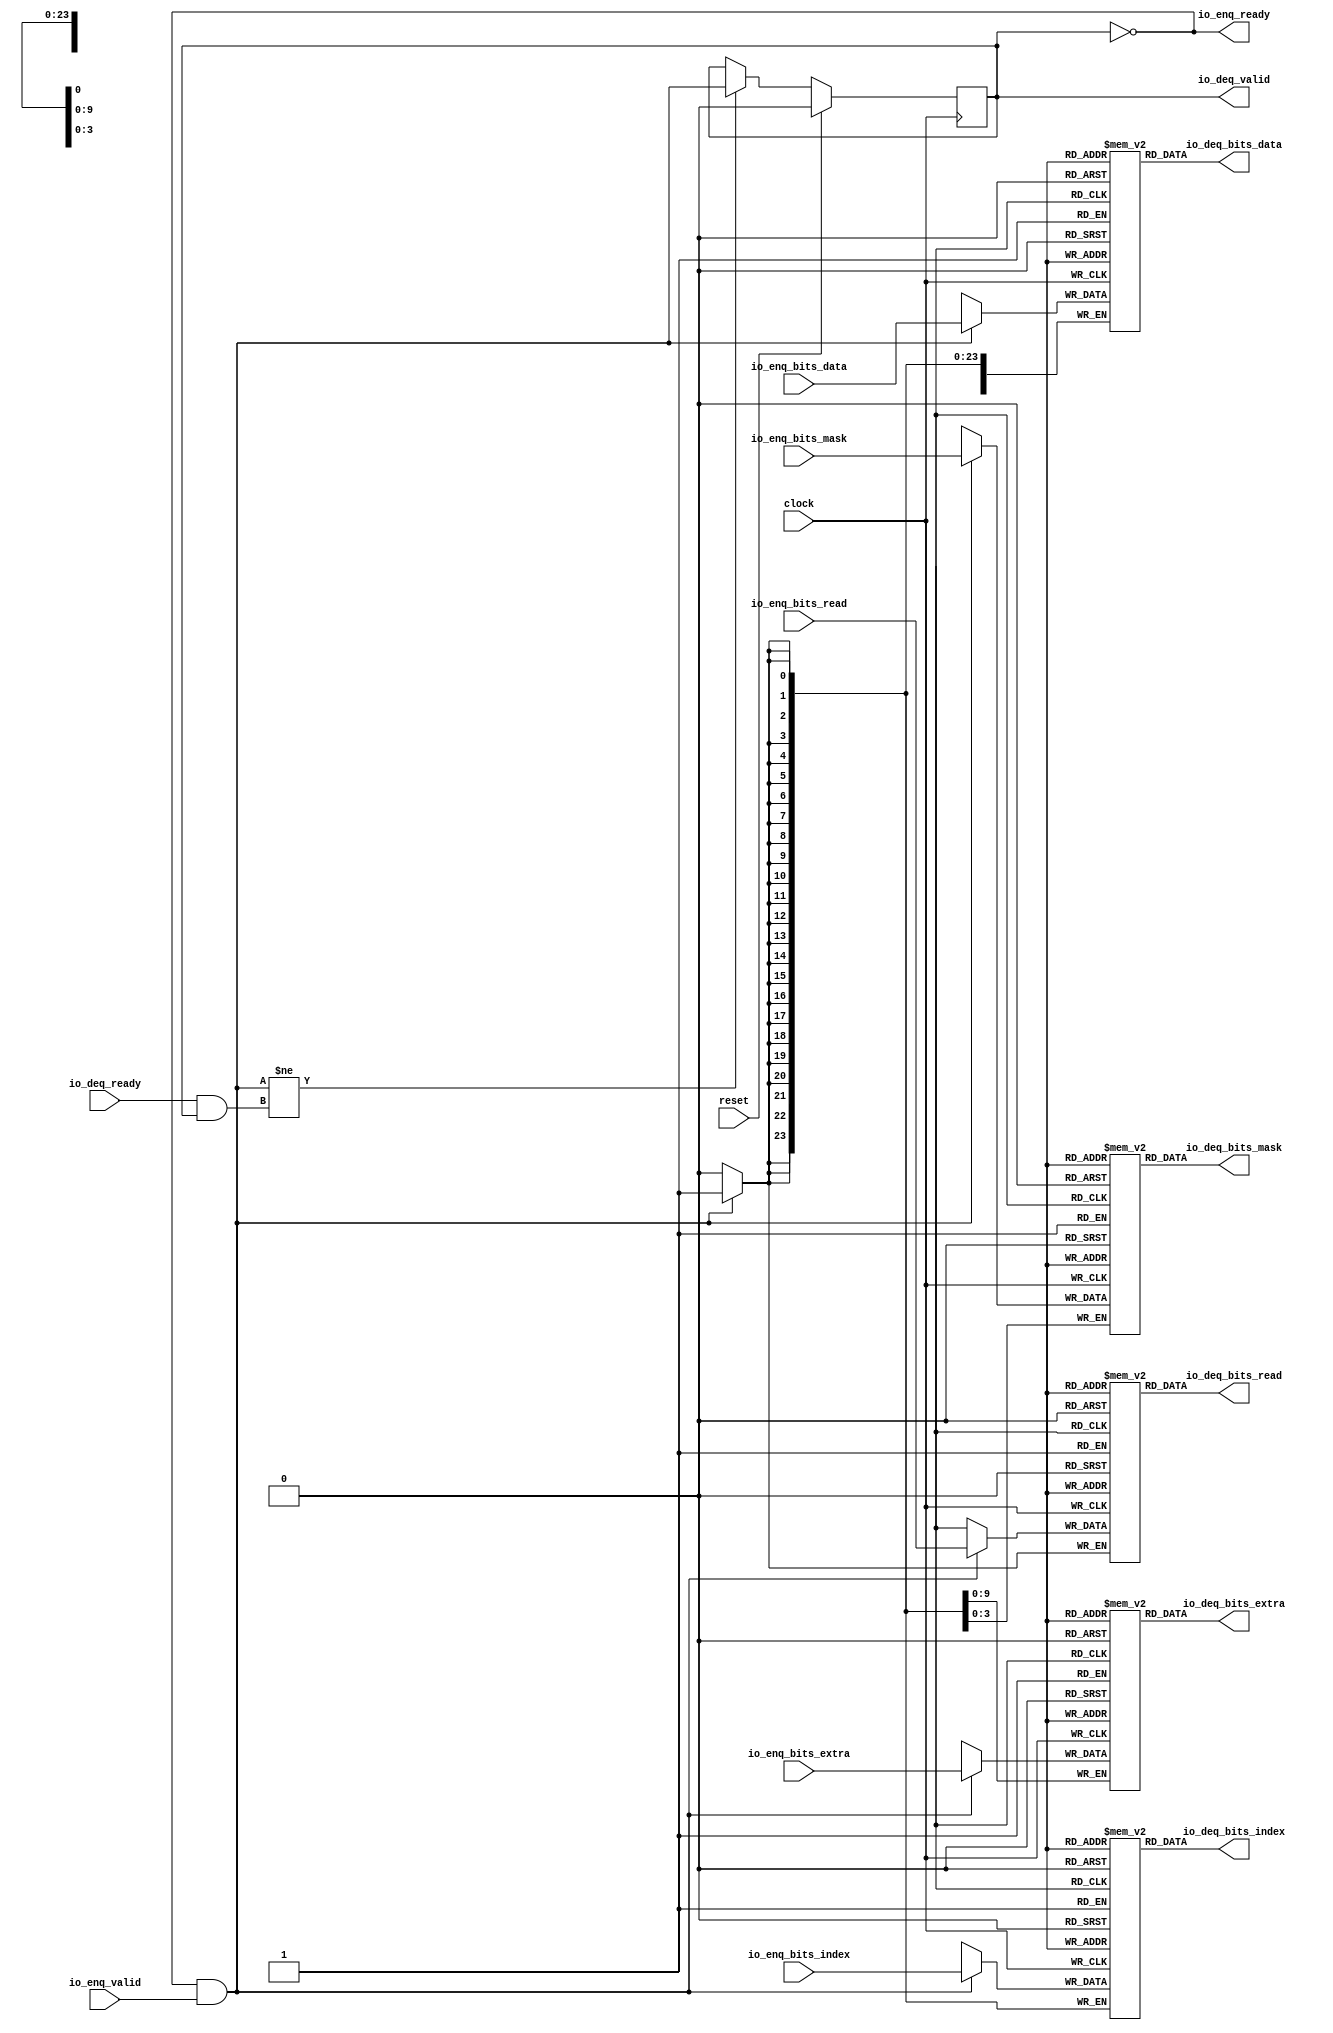
// Copyright (c) 2017, Microsemi Corporation
// All rights reserved.
//
// Redistribution and use in source and binary forms, with or without
// modification, are permitted provided that the following conditions are met:
//     * Redistributions of source code must retain the above copyright
//       notice, this list of conditions and the following disclaimer.
//     * Redistributions in binary form must reproduce the above copyright
//       notice, this list of conditions and the following disclaimer in the
//       documentation and/or other materials provided with the distribution.
//     * Neither the name of the <organization> nor the
//       names of its contributors may be used to endorse or promote products
//       derived from this software without specific prior written permission.
//
// THIS SOFTWARE IS PROVIDED BY THE COPYRIGHT HOLDERS AND CONTRIBUTORS "AS IS" AND
// ANY EXPRESS OR IMPLIED WARRANTIES, INCLUDING, BUT NOT LIMITED TO, THE IMPLIED
// WARRANTIES OF MERCHANTABILITY AND FITNESS FOR A PARTICULAR PURPOSE ARE
// DISCLAIMED. IN NO EVENT SHALL MICROSEMI CORPORATIONM BE LIABLE FOR ANY
// DIRECT, INDIRECT, INCIDENTAL, SPECIAL, EXEMPLARY, OR CONSEQUENTIAL DAMAGES
// (INCLUDING, BUT NOT LIMITED TO, PROCUREMENT OF SUBSTITUTE GOODS OR SERVICES;
// LOSS OF USE, DATA, OR PROFITS; OR BUSINESS INTERRUPTION) HOWEVER CAUSED AND
// ON ANY THEORY OF LIABILITY, WHETHER IN CONTRACT, STRICT LIABILITY, OR TORT
// (INCLUDING NEGLIGENCE OR OTHERWISE) ARISING IN ANY WAY OUT OF THE USE OF THIS
// SOFTWARE, EVEN IF ADVISED OF THE POSSIBILITY OF SUCH DAMAGE.
//
// APACHE LICENSE
// Copyright (c) 2017, Microsemi Corporation 
//
// Licensed under the Apache License, Version 2.0 (the "License");
// you may not use this file except in compliance with the License.
// You may obtain a copy of the License at
//
//    http://www.apache.org/licenses/LICENSE-2.0
//
// Unless required by applicable law or agreed to in writing, software
// distributed under the License is distributed on an "AS IS" BASIS,
// WITHOUT WARRANTIES OR CONDITIONS OF ANY KIND, either express or implied.
// See the License for the specific language governing permissions and
// limitations under the License.
//
// Description:
//
// SVN Revision Information:
// SVN $Revision: $
// SVN $Date: $
//
// Resolved SARs
// SAR      Date     Who   Description
//
// Notes:
//
// ****************************************************************************/
`ifndef RANDOMIZE_REG_INIT 
	 `define RANDOMIZE_REG_INIT 
 `endif
`ifndef RANDOMIZE_MEM_INIT 
	 `define RANDOMIZE_MEM_INIT 
 `endif
`ifndef RANDOMIZE 
	 `define RANDOMIZE 
`endif

`timescale 1ns/10ps
module MiV_AXI_MiV_AXI_0_MIV_RV32IMA_L1_AXI_QUEUE_10( // @[:freechips.rocketchip.system.MivRV32ImaL1AhbConfig.fir@6280.2]
  input         clock, // @[:freechips.rocketchip.system.MivRV32ImaL1AhbConfig.fir@6281.4]
  input         reset, // @[:freechips.rocketchip.system.MivRV32ImaL1AhbConfig.fir@6282.4]
  output        io_enq_ready, // @[:freechips.rocketchip.system.MivRV32ImaL1AhbConfig.fir@6283.4]
  input         io_enq_valid, // @[:freechips.rocketchip.system.MivRV32ImaL1AhbConfig.fir@6283.4]
  input         io_enq_bits_read, // @[:freechips.rocketchip.system.MivRV32ImaL1AhbConfig.fir@6283.4]
  input  [23:0] io_enq_bits_index, // @[:freechips.rocketchip.system.MivRV32ImaL1AhbConfig.fir@6283.4]
  input  [31:0] io_enq_bits_data, // @[:freechips.rocketchip.system.MivRV32ImaL1AhbConfig.fir@6283.4]
  input  [3:0]  io_enq_bits_mask, // @[:freechips.rocketchip.system.MivRV32ImaL1AhbConfig.fir@6283.4]
  input  [9:0]  io_enq_bits_extra, // @[:freechips.rocketchip.system.MivRV32ImaL1AhbConfig.fir@6283.4]
  input         io_deq_ready, // @[:freechips.rocketchip.system.MivRV32ImaL1AhbConfig.fir@6283.4]
  output        io_deq_valid, // @[:freechips.rocketchip.system.MivRV32ImaL1AhbConfig.fir@6283.4]
  output        io_deq_bits_read, // @[:freechips.rocketchip.system.MivRV32ImaL1AhbConfig.fir@6283.4]
  output [23:0] io_deq_bits_index, // @[:freechips.rocketchip.system.MivRV32ImaL1AhbConfig.fir@6283.4]
  output [31:0] io_deq_bits_data, // @[:freechips.rocketchip.system.MivRV32ImaL1AhbConfig.fir@6283.4]
  output [3:0]  io_deq_bits_mask, // @[:freechips.rocketchip.system.MivRV32ImaL1AhbConfig.fir@6283.4]
  output [9:0]  io_deq_bits_extra // @[:freechips.rocketchip.system.MivRV32ImaL1AhbConfig.fir@6283.4]
);
  reg  ram_read [0:0]; // @[Decoupled.scala 211:24:freechips.rocketchip.system.MivRV32ImaL1AhbConfig.fir@6285.4]
  reg [31:0] _RAND_0;
  wire  ram_read__T_42_data; // @[Decoupled.scala 211:24:freechips.rocketchip.system.MivRV32ImaL1AhbConfig.fir@6285.4]
  wire  ram_read__T_42_addr; // @[Decoupled.scala 211:24:freechips.rocketchip.system.MivRV32ImaL1AhbConfig.fir@6285.4]
  wire  ram_read__T_33_data; // @[Decoupled.scala 211:24:freechips.rocketchip.system.MivRV32ImaL1AhbConfig.fir@6285.4]
  wire  ram_read__T_33_addr; // @[Decoupled.scala 211:24:freechips.rocketchip.system.MivRV32ImaL1AhbConfig.fir@6285.4]
  wire  ram_read__T_33_mask; // @[Decoupled.scala 211:24:freechips.rocketchip.system.MivRV32ImaL1AhbConfig.fir@6285.4]
  wire  ram_read__T_33_en; // @[Decoupled.scala 211:24:freechips.rocketchip.system.MivRV32ImaL1AhbConfig.fir@6285.4]
  reg [23:0] ram_index [0:0] /* synthesis syn_ramstyle = "registers" */; // @[Decoupled.scala 211:24:freechips.rocketchip.system.MivRV32ImaL1AhbConfig.fir@6285.4]
  reg [31:0] _RAND_1;
  wire [23:0] ram_index__T_42_data; // @[Decoupled.scala 211:24:freechips.rocketchip.system.MivRV32ImaL1AhbConfig.fir@6285.4]
  wire  ram_index__T_42_addr; // @[Decoupled.scala 211:24:freechips.rocketchip.system.MivRV32ImaL1AhbConfig.fir@6285.4]
  wire [23:0] ram_index__T_33_data; // @[Decoupled.scala 211:24:freechips.rocketchip.system.MivRV32ImaL1AhbConfig.fir@6285.4]
  wire  ram_index__T_33_addr; // @[Decoupled.scala 211:24:freechips.rocketchip.system.MivRV32ImaL1AhbConfig.fir@6285.4]
  wire  ram_index__T_33_mask; // @[Decoupled.scala 211:24:freechips.rocketchip.system.MivRV32ImaL1AhbConfig.fir@6285.4]
  wire  ram_index__T_33_en; // @[Decoupled.scala 211:24:freechips.rocketchip.system.MivRV32ImaL1AhbConfig.fir@6285.4]
  reg [31:0] ram_data [0:0] /* synthesis syn_ramstyle = "registers" */; // @[Decoupled.scala 211:24:freechips.rocketchip.system.MivRV32ImaL1AhbConfig.fir@6285.4]
  reg [31:0] _RAND_2;
  wire [31:0] ram_data__T_42_data; // @[Decoupled.scala 211:24:freechips.rocketchip.system.MivRV32ImaL1AhbConfig.fir@6285.4]
  wire  ram_data__T_42_addr; // @[Decoupled.scala 211:24:freechips.rocketchip.system.MivRV32ImaL1AhbConfig.fir@6285.4]
  wire [31:0] ram_data__T_33_data; // @[Decoupled.scala 211:24:freechips.rocketchip.system.MivRV32ImaL1AhbConfig.fir@6285.4]
  wire  ram_data__T_33_addr; // @[Decoupled.scala 211:24:freechips.rocketchip.system.MivRV32ImaL1AhbConfig.fir@6285.4]
  wire  ram_data__T_33_mask; // @[Decoupled.scala 211:24:freechips.rocketchip.system.MivRV32ImaL1AhbConfig.fir@6285.4]
  wire  ram_data__T_33_en; // @[Decoupled.scala 211:24:freechips.rocketchip.system.MivRV32ImaL1AhbConfig.fir@6285.4]
  reg [3:0] ram_mask [0:0] /* synthesis syn_ramstyle = "registers" */; // @[Decoupled.scala 211:24:freechips.rocketchip.system.MivRV32ImaL1AhbConfig.fir@6285.4]
  reg [31:0] _RAND_3;
  wire [3:0] ram_mask__T_42_data; // @[Decoupled.scala 211:24:freechips.rocketchip.system.MivRV32ImaL1AhbConfig.fir@6285.4]
  wire  ram_mask__T_42_addr; // @[Decoupled.scala 211:24:freechips.rocketchip.system.MivRV32ImaL1AhbConfig.fir@6285.4]
  wire [3:0] ram_mask__T_33_data; // @[Decoupled.scala 211:24:freechips.rocketchip.system.MivRV32ImaL1AhbConfig.fir@6285.4]
  wire  ram_mask__T_33_addr; // @[Decoupled.scala 211:24:freechips.rocketchip.system.MivRV32ImaL1AhbConfig.fir@6285.4]
  wire  ram_mask__T_33_mask; // @[Decoupled.scala 211:24:freechips.rocketchip.system.MivRV32ImaL1AhbConfig.fir@6285.4]
  wire  ram_mask__T_33_en; // @[Decoupled.scala 211:24:freechips.rocketchip.system.MivRV32ImaL1AhbConfig.fir@6285.4]
  reg [9:0] ram_extra [0:0] /* synthesis syn_ramstyle = "registers" */; // @[Decoupled.scala 211:24:freechips.rocketchip.system.MivRV32ImaL1AhbConfig.fir@6285.4]
  reg [31:0] _RAND_4;
  wire [9:0] ram_extra__T_42_data; // @[Decoupled.scala 211:24:freechips.rocketchip.system.MivRV32ImaL1AhbConfig.fir@6285.4]
  wire  ram_extra__T_42_addr; // @[Decoupled.scala 211:24:freechips.rocketchip.system.MivRV32ImaL1AhbConfig.fir@6285.4]
  wire [9:0] ram_extra__T_33_data; // @[Decoupled.scala 211:24:freechips.rocketchip.system.MivRV32ImaL1AhbConfig.fir@6285.4]
  wire  ram_extra__T_33_addr; // @[Decoupled.scala 211:24:freechips.rocketchip.system.MivRV32ImaL1AhbConfig.fir@6285.4]
  wire  ram_extra__T_33_mask; // @[Decoupled.scala 211:24:freechips.rocketchip.system.MivRV32ImaL1AhbConfig.fir@6285.4]
  wire  ram_extra__T_33_en; // @[Decoupled.scala 211:24:freechips.rocketchip.system.MivRV32ImaL1AhbConfig.fir@6285.4]
  reg  maybe_full; // @[Decoupled.scala 214:35:freechips.rocketchip.system.MivRV32ImaL1AhbConfig.fir@6286.4]
  reg [31:0] _RAND_5;
  wire  empty; // @[Decoupled.scala 217:36:freechips.rocketchip.system.MivRV32ImaL1AhbConfig.fir@6288.4]
  wire  do_enq; // @[Decoupled.scala 30:37:freechips.rocketchip.system.MivRV32ImaL1AhbConfig.fir@6291.4]
  wire  do_deq; // @[Decoupled.scala 30:37:freechips.rocketchip.system.MivRV32ImaL1AhbConfig.fir@6294.4]
  wire  _T_36; // @[Decoupled.scala 229:16:freechips.rocketchip.system.MivRV32ImaL1AhbConfig.fir@6307.4]
  wire  _GEN_8; // @[Decoupled.scala 229:27:freechips.rocketchip.system.MivRV32ImaL1AhbConfig.fir@6308.4]
  wire  _T_38; // @[Decoupled.scala 233:19:freechips.rocketchip.system.MivRV32ImaL1AhbConfig.fir@6311.4]
  assign ram_read__T_42_addr = 1'h0;
  assign ram_read__T_42_data = ram_read[ram_read__T_42_addr]; // @[Decoupled.scala 211:24:freechips.rocketchip.system.MivRV32ImaL1AhbConfig.fir@6285.4]
  assign ram_read__T_33_data = io_enq_bits_read;
  assign ram_read__T_33_addr = 1'h0;
  assign ram_read__T_33_mask = do_enq;
  assign ram_read__T_33_en = do_enq;
  assign ram_index__T_42_addr = 1'h0;
  assign ram_index__T_42_data = ram_index[ram_index__T_42_addr]; // @[Decoupled.scala 211:24:freechips.rocketchip.system.MivRV32ImaL1AhbConfig.fir@6285.4]
  assign ram_index__T_33_data = io_enq_bits_index;
  assign ram_index__T_33_addr = 1'h0;
  assign ram_index__T_33_mask = do_enq;
  assign ram_index__T_33_en = do_enq;
  assign ram_data__T_42_addr = 1'h0;
  assign ram_data__T_42_data = ram_data[ram_data__T_42_addr]; // @[Decoupled.scala 211:24:freechips.rocketchip.system.MivRV32ImaL1AhbConfig.fir@6285.4]
  assign ram_data__T_33_data = io_enq_bits_data;
  assign ram_data__T_33_addr = 1'h0;
  assign ram_data__T_33_mask = do_enq;
  assign ram_data__T_33_en = do_enq;
  assign ram_mask__T_42_addr = 1'h0;
  assign ram_mask__T_42_data = ram_mask[ram_mask__T_42_addr]; // @[Decoupled.scala 211:24:freechips.rocketchip.system.MivRV32ImaL1AhbConfig.fir@6285.4]
  assign ram_mask__T_33_data = io_enq_bits_mask;
  assign ram_mask__T_33_addr = 1'h0;
  assign ram_mask__T_33_mask = do_enq;
  assign ram_mask__T_33_en = do_enq;
  assign ram_extra__T_42_addr = 1'h0;
  assign ram_extra__T_42_data = ram_extra[ram_extra__T_42_addr]; // @[Decoupled.scala 211:24:freechips.rocketchip.system.MivRV32ImaL1AhbConfig.fir@6285.4]
  assign ram_extra__T_33_data = io_enq_bits_extra;
  assign ram_extra__T_33_addr = 1'h0;
  assign ram_extra__T_33_mask = do_enq;
  assign ram_extra__T_33_en = do_enq;
  assign empty = maybe_full == 1'h0; // @[Decoupled.scala 217:36:freechips.rocketchip.system.MivRV32ImaL1AhbConfig.fir@6288.4]
  assign do_enq = io_enq_ready & io_enq_valid; // @[Decoupled.scala 30:37:freechips.rocketchip.system.MivRV32ImaL1AhbConfig.fir@6291.4]
  assign do_deq = io_deq_ready & io_deq_valid; // @[Decoupled.scala 30:37:freechips.rocketchip.system.MivRV32ImaL1AhbConfig.fir@6294.4]
  assign _T_36 = do_enq != do_deq; // @[Decoupled.scala 229:16:freechips.rocketchip.system.MivRV32ImaL1AhbConfig.fir@6307.4]
  assign _GEN_8 = _T_36 ? do_enq : maybe_full; // @[Decoupled.scala 229:27:freechips.rocketchip.system.MivRV32ImaL1AhbConfig.fir@6308.4]
  assign _T_38 = empty == 1'h0; // @[Decoupled.scala 233:19:freechips.rocketchip.system.MivRV32ImaL1AhbConfig.fir@6311.4]
  assign io_enq_ready = empty;
  assign io_deq_valid = _T_38;
  assign io_deq_bits_read = ram_read__T_42_data;
  assign io_deq_bits_index = ram_index__T_42_data;
  assign io_deq_bits_data = ram_data__T_42_data;
  assign io_deq_bits_mask = ram_mask__T_42_data;
  assign io_deq_bits_extra = ram_extra__T_42_data;
`ifdef RANDOMIZE
  integer initvar;
  initial begin
    `ifndef verilator
      #0.002 begin end
    `endif
  _RAND_0 = {1{32'b0}};
  `ifdef RANDOMIZE_MEM_INIT
  for (initvar = 0; initvar < 1; initvar = initvar+1)
    ram_read[initvar] = _RAND_0[0:0];
  `endif // RANDOMIZE_MEM_INIT
  _RAND_1 = {1{32'b0}};
  `ifdef RANDOMIZE_MEM_INIT
  for (initvar = 0; initvar < 1; initvar = initvar+1)
    ram_index[initvar] = _RAND_1[23:0];
  `endif // RANDOMIZE_MEM_INIT
  _RAND_2 = {1{32'b0}};
  `ifdef RANDOMIZE_MEM_INIT
  for (initvar = 0; initvar < 1; initvar = initvar+1)
    ram_data[initvar] = _RAND_2[31:0];
  `endif // RANDOMIZE_MEM_INIT
  _RAND_3 = {1{32'b0}};
  `ifdef RANDOMIZE_MEM_INIT
  for (initvar = 0; initvar < 1; initvar = initvar+1)
    ram_mask[initvar] = _RAND_3[3:0];
  `endif // RANDOMIZE_MEM_INIT
  _RAND_4 = {1{32'b0}};
  `ifdef RANDOMIZE_MEM_INIT
  for (initvar = 0; initvar < 1; initvar = initvar+1)
    ram_extra[initvar] = _RAND_4[9:0];
  `endif // RANDOMIZE_MEM_INIT
  `ifdef RANDOMIZE_REG_INIT
  _RAND_5 = {1{32'b0}};
  maybe_full = _RAND_5[0:0];
  `endif // RANDOMIZE_REG_INIT
  end
`endif // RANDOMIZE
  always @(posedge clock) begin
    if(ram_read__T_33_en & ram_read__T_33_mask) begin
      ram_read[ram_read__T_33_addr] <= ram_read__T_33_data; // @[Decoupled.scala 211:24:freechips.rocketchip.system.MivRV32ImaL1AhbConfig.fir@6285.4]
    end
    if(ram_index__T_33_en & ram_index__T_33_mask) begin
      ram_index[ram_index__T_33_addr] <= ram_index__T_33_data; // @[Decoupled.scala 211:24:freechips.rocketchip.system.MivRV32ImaL1AhbConfig.fir@6285.4]
    end
    if(ram_data__T_33_en & ram_data__T_33_mask) begin
      ram_data[ram_data__T_33_addr] <= ram_data__T_33_data; // @[Decoupled.scala 211:24:freechips.rocketchip.system.MivRV32ImaL1AhbConfig.fir@6285.4]
    end
    if(ram_mask__T_33_en & ram_mask__T_33_mask) begin
      ram_mask[ram_mask__T_33_addr] <= ram_mask__T_33_data; // @[Decoupled.scala 211:24:freechips.rocketchip.system.MivRV32ImaL1AhbConfig.fir@6285.4]
    end
    if(ram_extra__T_33_en & ram_extra__T_33_mask) begin
      ram_extra[ram_extra__T_33_addr] <= ram_extra__T_33_data; // @[Decoupled.scala 211:24:freechips.rocketchip.system.MivRV32ImaL1AhbConfig.fir@6285.4]
    end
    if (reset) begin
      maybe_full <= 1'h0;
    end else begin
      if (_T_36) begin
        maybe_full <= do_enq;
      end
    end
  end
endmodule